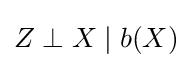
Z\perp X\mid b(X)